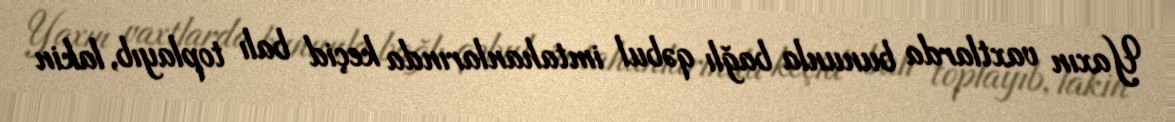
Yaxın vaxtlarda bununla bağlı qəbul imtahanlarında keçid balı toplayıb, lakin